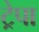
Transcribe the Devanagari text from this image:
ट्रेपा